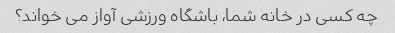
چه کسی در خانه شما، باشگاه ورزشی آواز می خواند؟